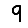
Digit: 9